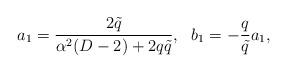
LaTeX: \begin{align*}a_{1}=\frac{2\tilde q}{\alpha^{2}(D-2)+2q\tilde q},~~b_{1}=-\frac{q}{\tilde{q}}a_{1}, \end{align*}